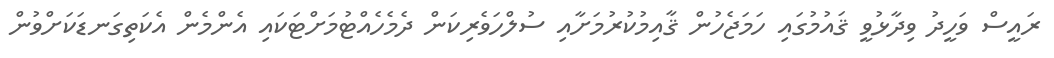
ރައީސް ވަހީދު ވިދާޅުވީ ޤައުމުގައި ހަމަޖެހުން ޤާއިމުކުރުމަށާއި ސުލްހަވެރިކަން ދެމެހެއްޓުމަށްޓަކައި އެންމެން އެކަތިގަނޑަކަށްވުން